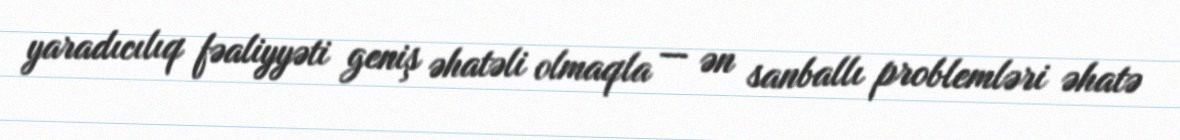
yaradıcılıq fəaliyyəti geniş əhatəli olmaqla — ən sanballı problemləri əhatə